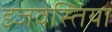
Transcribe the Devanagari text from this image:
इजवेस्तिया